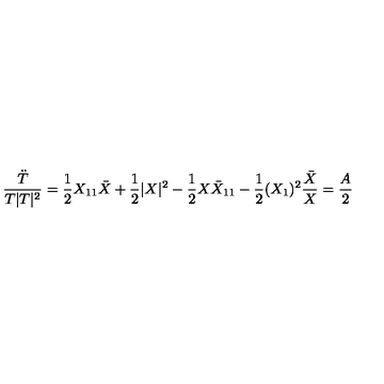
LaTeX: \frac { \ddot { T } } { T | T | ^ { 2 } } = \frac { 1 } { 2 } X _ { 1 1 } \bar { X } + \frac { 1 } { 2 } | X | ^ { 2 } - \frac { 1 } { 2 } X { \bar { X } } _ { 1 1 } - \frac { 1 } { 2 } ( X _ { 1 } ) ^ { 2 } \frac { \bar { X } } { X } = \frac { A } { 2 }